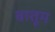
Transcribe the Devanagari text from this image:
बातूम